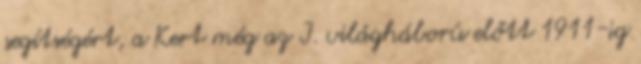
segítségért, a Kert még az I. világháború előtt 1911-ig